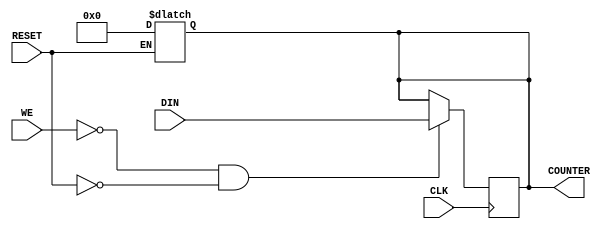
`timescale 1ns / 1ps
//////////////////////////////////////////////////////////////////////////////////
// Company: 
// Engineer: 
// 
// Design Name: 
// Module Name: programcounter
// Project Name: 
// Target Devices: 
// Tool Versions: 
// Description: 
// 
// Dependencies: 
// 
// Revision:
// Revision 0.01 - File Created
// Additional Comments:
// 
//////////////////////////////////////////////////////////////////////////////////


module programcounter(
    input CLK, RESET, WE,
    input [31:0]DIN,
    output reg[31:0]COUNTER
    );
    
    always @(RESET) begin
        if(RESET) begin
            #1; COUNTER = 32'h00000000;
        end
     end
     
     always @(posedge CLK) begin
        #1;
        if(!WE && !RESET)
            COUNTER = DIN;
        end
endmodule